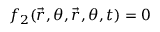
f _ { 2 } ( \vec { r } , \theta , \vec { r } , \theta , t ) = 0